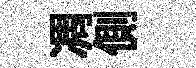
凋側